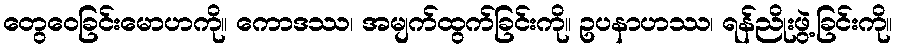
တွေဝေခြင်းမောဟကို။ ကောဒဿ၊ အမျက်ထွက်ခြင်းကို။ ဥပနာဟဿ၊ ရန်ညိုးဖွဲ့ခြင်းကို။